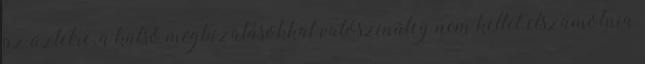
az üzletre, a külső megbízatásokkal valószínűleg nem kellet elszámolnia